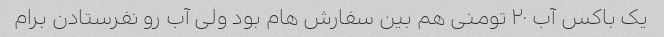
یک باکس آب ۲۰ تومنی هم بین سفارش هام بود ولی آب رو نفرستادن برام